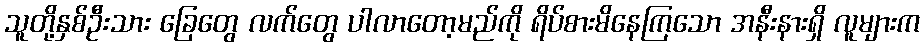
သူတို့နှစ်ဦးသား ခြေတွေ လက်တွေ ပါလာတော့မည်ကို ရိပ်စားမိနေကြသော အနီးနားရှိ လူများက